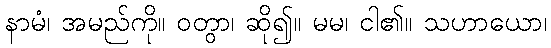
နာမံ၊ အမည်ကို။ ဝတွာ၊ ဆို၍။ မမ၊ ငါ၏။ သဟာယော၊